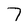
Character: 7